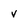
Character: v